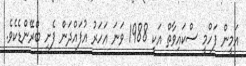
އަމީން ފަހްމީ ސްކައިވާތް އަކީ 1988 ވަނަ އަހަރު އުފައްދަން ފެށި ބްރޭންޑެކެވެ.